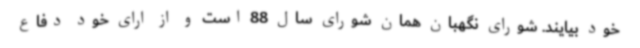
خود بیایند. شورای نگهبان همان شورای سال 88 است و از ارای خود دفاع